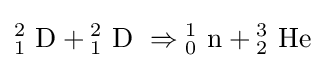
{{\mathrm {^{2}_{1}~D} }{}+{}{\mathrm {^{2}_{1}~D} }~\Rightarrow {\mathrm {^{1}_{0}~n} }{}+{}{\mathrm {^{3}_{2}~He} }}